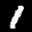
Label: 1